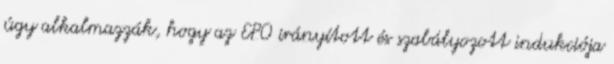
úgy alkalmazzák, hogy az EPO irányított és szabályozott indukciója